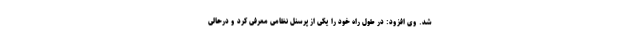
شد. وی افزود: در طول راه خود را یکی از پرسنل نظامی معرفی کرد و درحالی